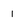
Character: 1